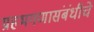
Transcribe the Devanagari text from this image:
ग्रहभगणासंबंधीचे